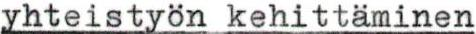
yhteistyön kehittäminen